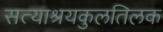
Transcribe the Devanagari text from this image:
सत्याश्रयकुलतिलक